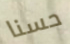
حسنا